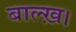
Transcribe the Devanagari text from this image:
बाल्ख़।